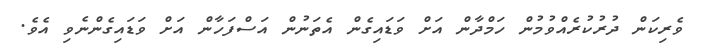
ވެރިކަން ދުރުކުރެއްވުމުން ހަމްދާން އަށް ވަޑައިގެން އެތަނުން އަސްފަހާން އަށް ވަޑައިގެންނެވި އެވެ.